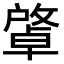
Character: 𢿭